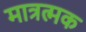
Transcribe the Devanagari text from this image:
मात्रत्मक